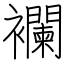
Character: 襴